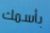
بأسمك